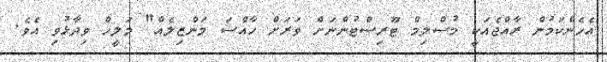
އެހެންކަމުން ރާއްޖެއަކީ މުސްލިމް ޓޫރިސްޓުންނަށް ވަރަށް ހާއްސަ މަންޒިލެއް" މަލީހް ވިދާޅުވި އެވެ.